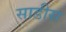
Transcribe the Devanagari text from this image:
साडीस